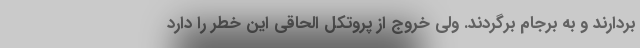
بردارند و به برجام برگردند. ولی خروج از پروتکل الحاقی این خطر را دارد